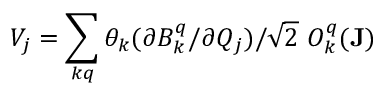
V _ { j } = \sum _ { k q } \theta _ { k } ( \partial B _ { k } ^ { q } / \partial Q _ { j } ) / \sqrt { 2 } \ O _ { k } ^ { q } ( \mathbf { J } )